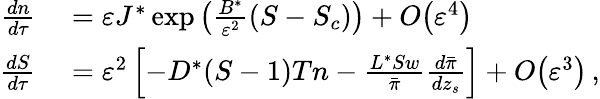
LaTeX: \begin{array}{rl}{{\frac{dn}{d\tau}}}&{{}={\varepsilon}J^{*}\exp\left(\frac{B^{*}}{{\varepsilon}^{2}}(S-S_{c})\right)+{O}\! \left({\varepsilon}^{4}\right)}\\ {{\frac{dS}{d\tau}}}&{{}={\varepsilon}^{2}\left[-D^{*}(S-1)Tn-\frac{L^{*}Sw}{\bar{\pi}}{\frac{d\bar{\pi}}{dz_{s}}}\right]+{O}\! \left({\varepsilon}^{3}\right)\, ,}\end{array}